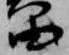
笛